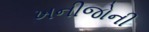
ખનીજોની